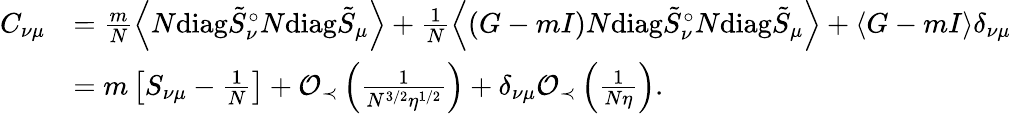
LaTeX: \begin{array}{rl}{C_{\nu\mu}}&{=\frac{m}{N}\left\langle{N\mathrm{diag}\tilde{S}_{\nu}^{\circ}N\mathrm{diag}\tilde{S}_{\mu}}\right\rangle+\frac{1}{N}\left\langle{(G-mI)N\mathrm{diag}\tilde{S}_{\nu}^{\circ}N\mathrm{diag}\tilde{S}_{\mu}}\right\rangle+\left\langle{G-mI}\right\rangle\delta_{\nu\mu}}\\ &{=m\left[S_{\nu\mu}-\frac{1}{N}\right]+\mathcal O_{\prec}\left(\frac{1}{N^{3/2}\eta^{1/2}}\right)+\delta_{\nu\mu}\mathcal O_{\prec}\left(\frac{1}{N\eta}\right).}\end{array}